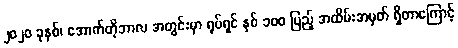
၂၀၂၀ ခုနှစ်၊ အောက်တိုဘာလ အတွင်းမှာ ရုပ်ရှင် နှစ် ၁၀၀ ပြည့် အထိမ်းအမှတ် ရှိတာကြောင့်